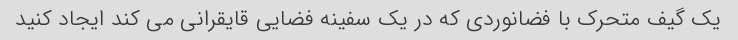
یک گیف متحرک با فضانوردی که در یک سفینه فضایی قایقرانی می کند ایجاد کنید